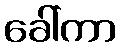
ခေါ်ကာ